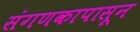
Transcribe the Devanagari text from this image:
संगणकापासून